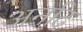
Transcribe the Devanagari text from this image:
अर्नाद